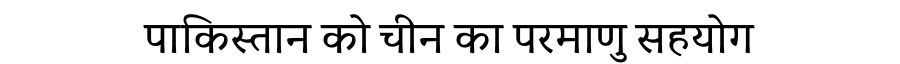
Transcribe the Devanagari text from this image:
पाकिस्तान को चीन का परमाणु सहयोग